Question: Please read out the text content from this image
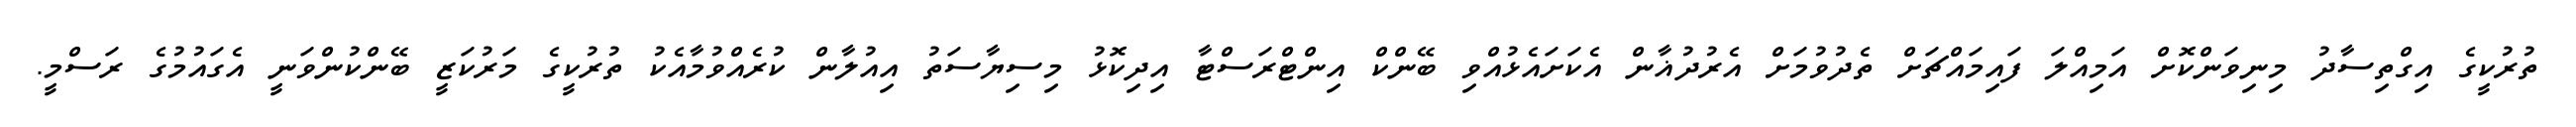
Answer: ތުރުކީގެ އިގްތިސާދު މިނިވަންކޮށް އަމިއްލަ ފައިމައްޗަށް ތެދުވުމަށް އެރުދުޣާން އެކަށައެޅުއްވި ބޭންކް އިންޓްރަސްޓާ އިދިކޮޅު މިސިޔާސަތު އިއުލާން ކުރެއްވުމާއެކު ތުރުކީގެ މަރުކަޒީ ބޭންކުންވަނީ އެގައުމުގެ ރަސްމީ.